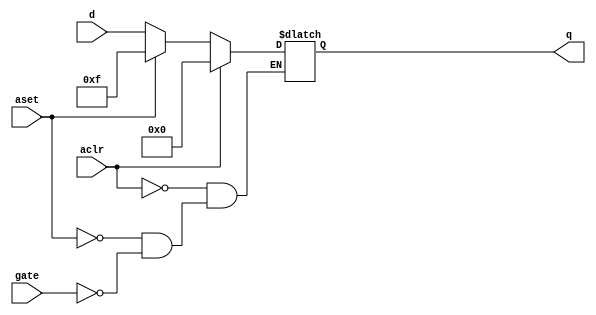
module parameterized_latch (d,aset,gate,aclr,q);
parameter w=4;
    input aset,gate,aclr;
    input [w-1:0] d;
    output reg [w-1:0] q;

    always @(gate or aclr or aset or d) begin
        if (aclr)   // to clear op =0
            q<=4'b0000;
        else if (aset) // to set op= 1
            q<=4'b1111;
        else if(gate)  //like clk to load data in output 
            q<=d;
    end

endmodule